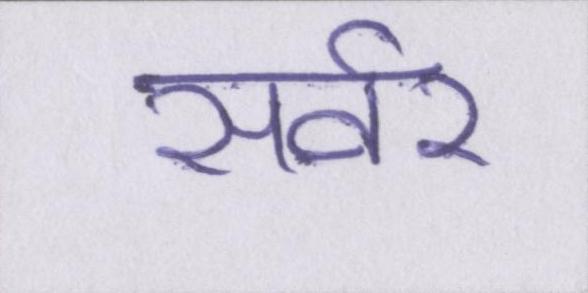
सर्वर